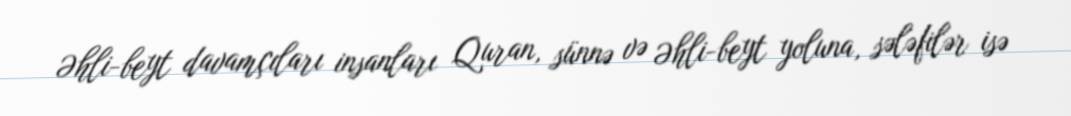
Əhli-beyt davamçıları insanları Quran, sünnə və Əhli-beyt yoluna, sələfilər isə